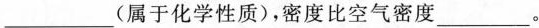
___(属于化学性质)，密度比空气密度___。